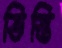
ভিস্তি